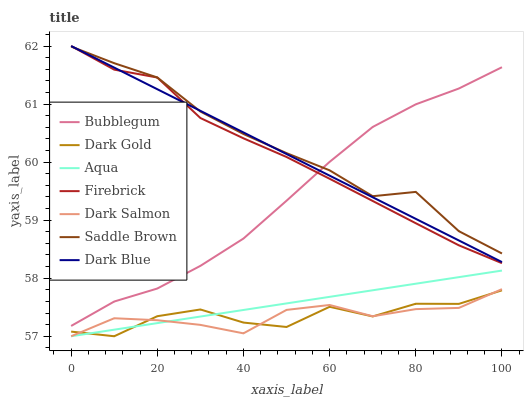
| xaxis_label | Bubblegum | Dark Gold | Aqua | Firebrick | Dark Salmon | Saddle Brown | Dark Blue |
 | --- | --- | --- | --- | --- | --- | --- | --- |
 | 0 | 57.2 | 57.1 | 57 | 62 | 57 | 62 | 62 |
 | 10 | 57.6 | 57 | 57.1 | 61.6 | 57.3 | 61.7 | 61.6 |
 | 20 | 57.8 | 57.3 | 57.2 | 61.5 | 57.3 | 61.5 | 61.3 |
 | 30 | 58.2 | 57.5 | 57.3 | 60.8 | 57.2 | 60.9 | 60.9 |
 | 40 | 58.7 | 57.2 | 57.5 | 60.4 | 57.1 | 60.5 | 60.5 |
 | 50 | 59.3 | 57.2 | 57.6 | 60.1 | 57.5 | 60.2 | 60.1 |
 | 60 | 60 | 57.5 | 57.7 | 59.7 | 57.5 | 59.9 | 59.8 |
 | 70 | 60.6 | 57.3 | 57.8 | 59.3 | 57.3 | 59.4 | 59.4 |
 | 80 | 61 | 57.6 | 57.9 | 58.9 | 57.5 | 59.5 | 59 |
 | 90 | 61.3 | 57.6 | 58 | 58.6 | 57.5 | 58.8 | 58.7 |
 | 100 | 61.6 | 57.8 | 58.1 | 58.3 | 57.8 | 58.4 | 58.3 |